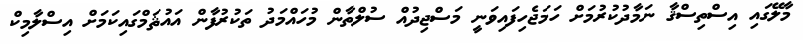
މާލޭގައި އިސްތިސްޤާ ނަމާދުކުރުމަށް ހަމަޖެހިފައިވަނީ މަސްޖިދުއް ސުލްތާން މުހައްމަދު ތަކުރުފާން އައުޘަމްގައިކަމަށް އިސްލާމިކް